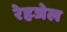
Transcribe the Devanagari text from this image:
रेहजेल